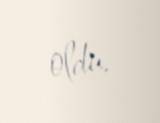
oldu.